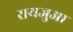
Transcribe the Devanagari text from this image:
रायजुआ